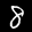
Label: 8